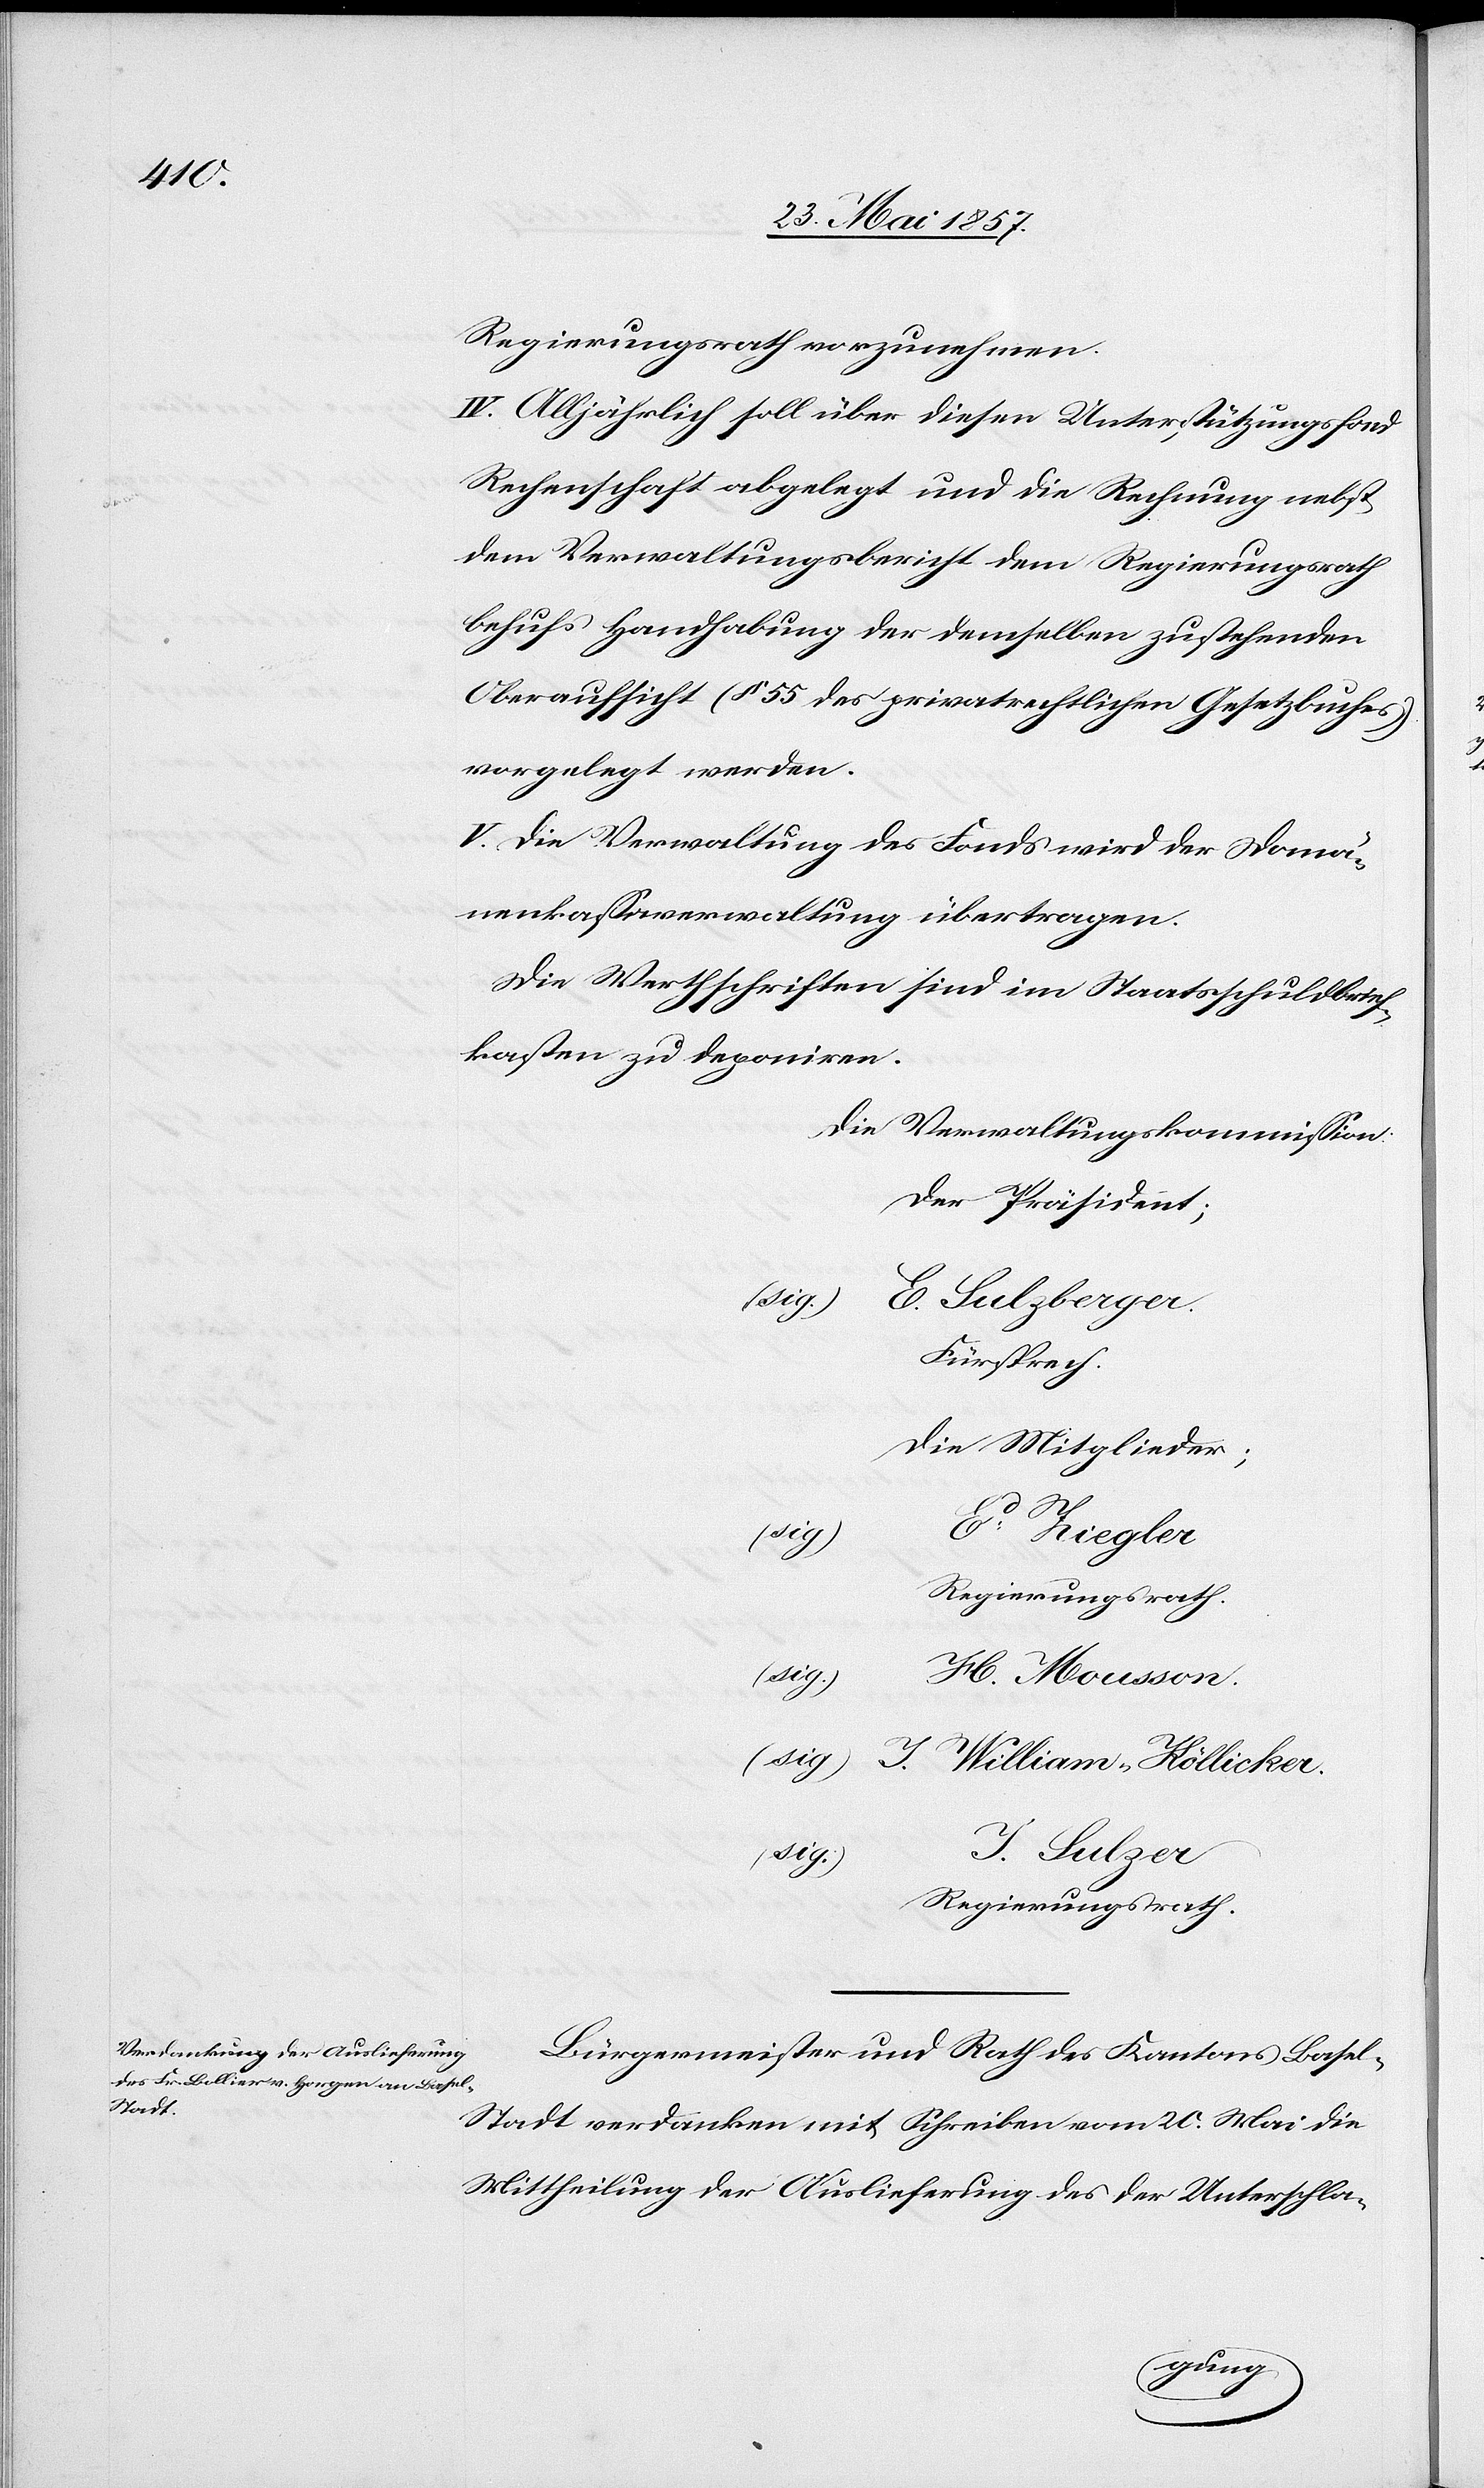
Regierungsrath vorzunehmen.
IV. Alljährlich soll über diesen Unterstützungsfond
Rechenschaft abgelegt und die Rechnung nebst
dem Verwaltungsbericht dem Regierungsrath
behufs Handhabung der demselben zustehenden
Oberaufsicht (§ 55 des privatrechtlichen Gesetzbuches)
vorgelegt werden.
V. Die Verwaltung des Fonds wird der Domä¬
nenkassaverwaltung übertragen.
Die Werthschriften sind im Staatsschuldbrief¬
kasten zu deponiren.
Die Verwaltungskommission.
Der Präsident;
(sig.)
E. Sulzberger.
Fürsprech.
Die Mitglieder;
Ed. Ziegler
Regierungsrath.
(sig.)
H. Mousson.
(sig.) J. William-Köllicker.
J. Sulzer.
(sig.)
Bürgermeister und Rath des Kantons Base¬
l-Stadt verdanken mit Schreiben vom 20 Mai die
Mittheilung der Auslieferung des der Unterschla-